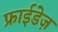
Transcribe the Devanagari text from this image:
फ्राईडेज़